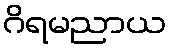
ဂိရမညာယ